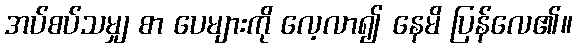
အပ်စပ်သမျှ စာ ပေများကို လေ့လာ၍ နေမိ ပြန်လေ၏။